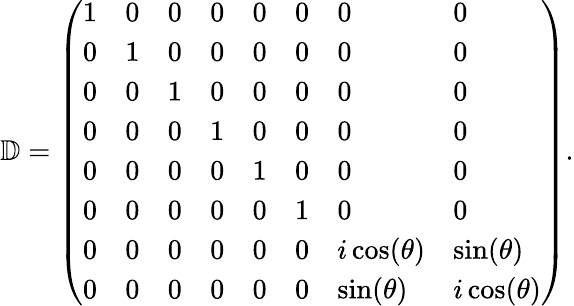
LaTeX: \mathbb{D}=\left(\begin{array}{llllllll}{1}&{0}&{0}&{0}&{0}&{0}&{0}&{0}\\ {0}&{1}&{0}&{0}&{0}&{0}&{0}&{0}\\ {0}&{0}&{1}&{0}&{0}&{0}&{0}&{0}\\ {0}&{0}&{0}&{1}&{0}&{0}&{0}&{0}\\ {0}&{0}&{0}&{0}&{1}&{0}&{0}&{0}\\ {0}&{0}&{0}&{0}&{0}&{1}&{0}&{0}\\ {0}&{0}&{0}&{0}&{0}&{0}&{i\cos(\theta)}&{\sin(\theta)}\\ {0}&{0}&{0}&{0}&{0}&{0}&{\sin(\theta)}&{i\cos(\theta)}\end{array}\right).